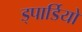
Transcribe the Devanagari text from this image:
ड्पार्डियो